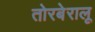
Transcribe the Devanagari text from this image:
तोरबेरालू